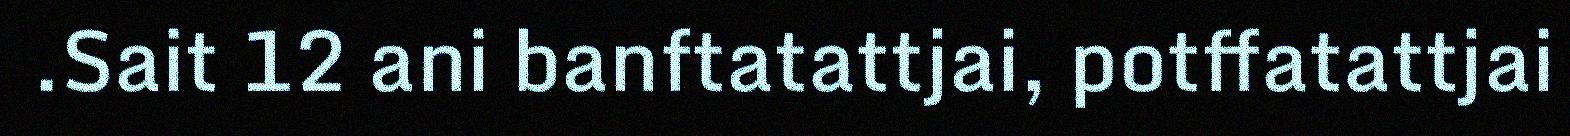
.Sait 12 ani banftatattjai, potffatattjai